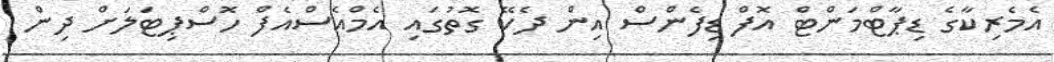
އެމެރިކާގެ ޑިޕާޓްމަންޓް އޮފް ޑިފެންސް އިން ދެކޭ ގޮތުގައި އެމްއެސްއެފް ހޮސްޕިޓަލަށް ދިން